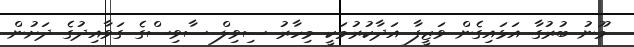
މޫނު ބުރުގާ އަޅައިގެން ވަޒީފާ އަދާކުރުމަކީ މިހާރު ސިވިލް ސާވިސްގެ ގަވާއިދުގެ ދަށުން